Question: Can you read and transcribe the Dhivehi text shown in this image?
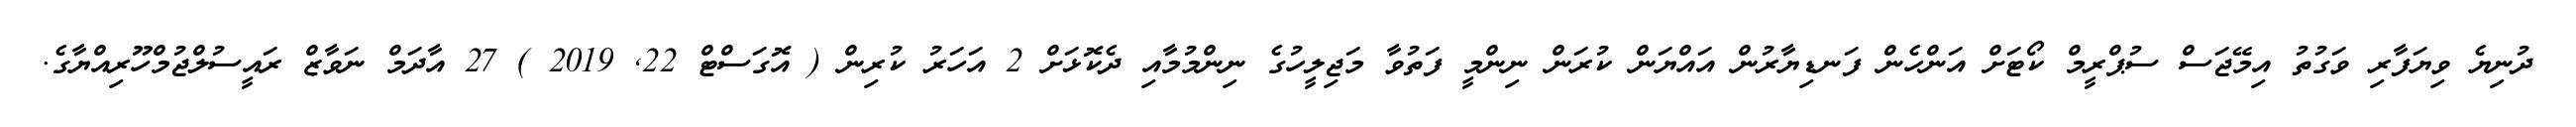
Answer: ދުނިޔެ ވިޔަފާރި ވަގުތު އިމޭޖަސް ސުޕްރީމް ކޯޓަށް އަންހެން ފަނޑިޔާރުން އައްޔަން ކުރަން ނިންމީ ފަތުވާ މަޖިލީހުގެ ނިންމުމާއި ދެކޮޅަށް 2 އަހަރު ކުރިން ( އޮގަސްޓް 22, 2019 ) 27 އާދަމް ނަވާޒް ރައީސުލްޖުމްހޫރިއްޔާގެ.